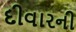
દીવારની